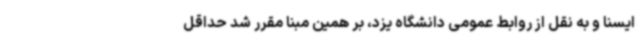
ایسنا و به نقل از روابط عمومی دانشگاه یزد، بر همین مبنا مقرر شد حداقل